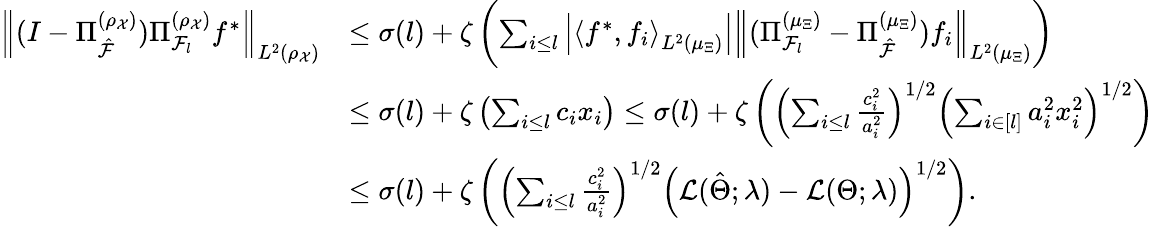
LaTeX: \begin{array}{rl}{\left\| (I-\Pi_{\hat{\cal F}}^{(\rho_{\mathcal{X}})})\Pi_{{\cal F}_{l}}^{(\rho_{\mathcal{X}})}f^{*}\right\| _{L^{2}(\rho_{\mathcal{X}})}}&{\leq\sigma(l)+\zeta\left(\sum_{i\leq l}\left|\left\langle f^{*},f_{i}\right\rangle_{L^{2}(\mu_{\Xi})}\right|\left\| (\Pi_{{\cal F}_{l}}^{(\mu_{\Xi})}-\Pi_{\hat{\cal F}}^{(\mu_{\Xi})})f_{i}\right\| _{L^{2}(\mu_{\Xi})}\right)}\\ &{\leq\sigma(l)+\zeta\left(\sum_{i\leq l}c_{i}x_{i}\right)\leq\sigma(l)+\zeta\left(\left(\sum_{i\leq l}\frac{c_{i}^{2}}{a_{i}^{2}}\right)^{1/2}\left(\sum_{i\in[l]}a_{i}^{2}x_{i}^{2}\right)^{1/2}\right)}\\ &{\leq\sigma(l)+\zeta\left(\left(\sum_{i\leq l}\frac{c_{i}^{2}}{a_{i}^{2}}\right)^{1/2}\left({\cal L}(\hat{\Theta};\lambda)-{\cal L}(\Theta;\lambda)\right)^{1/2}\right).}\end{array}